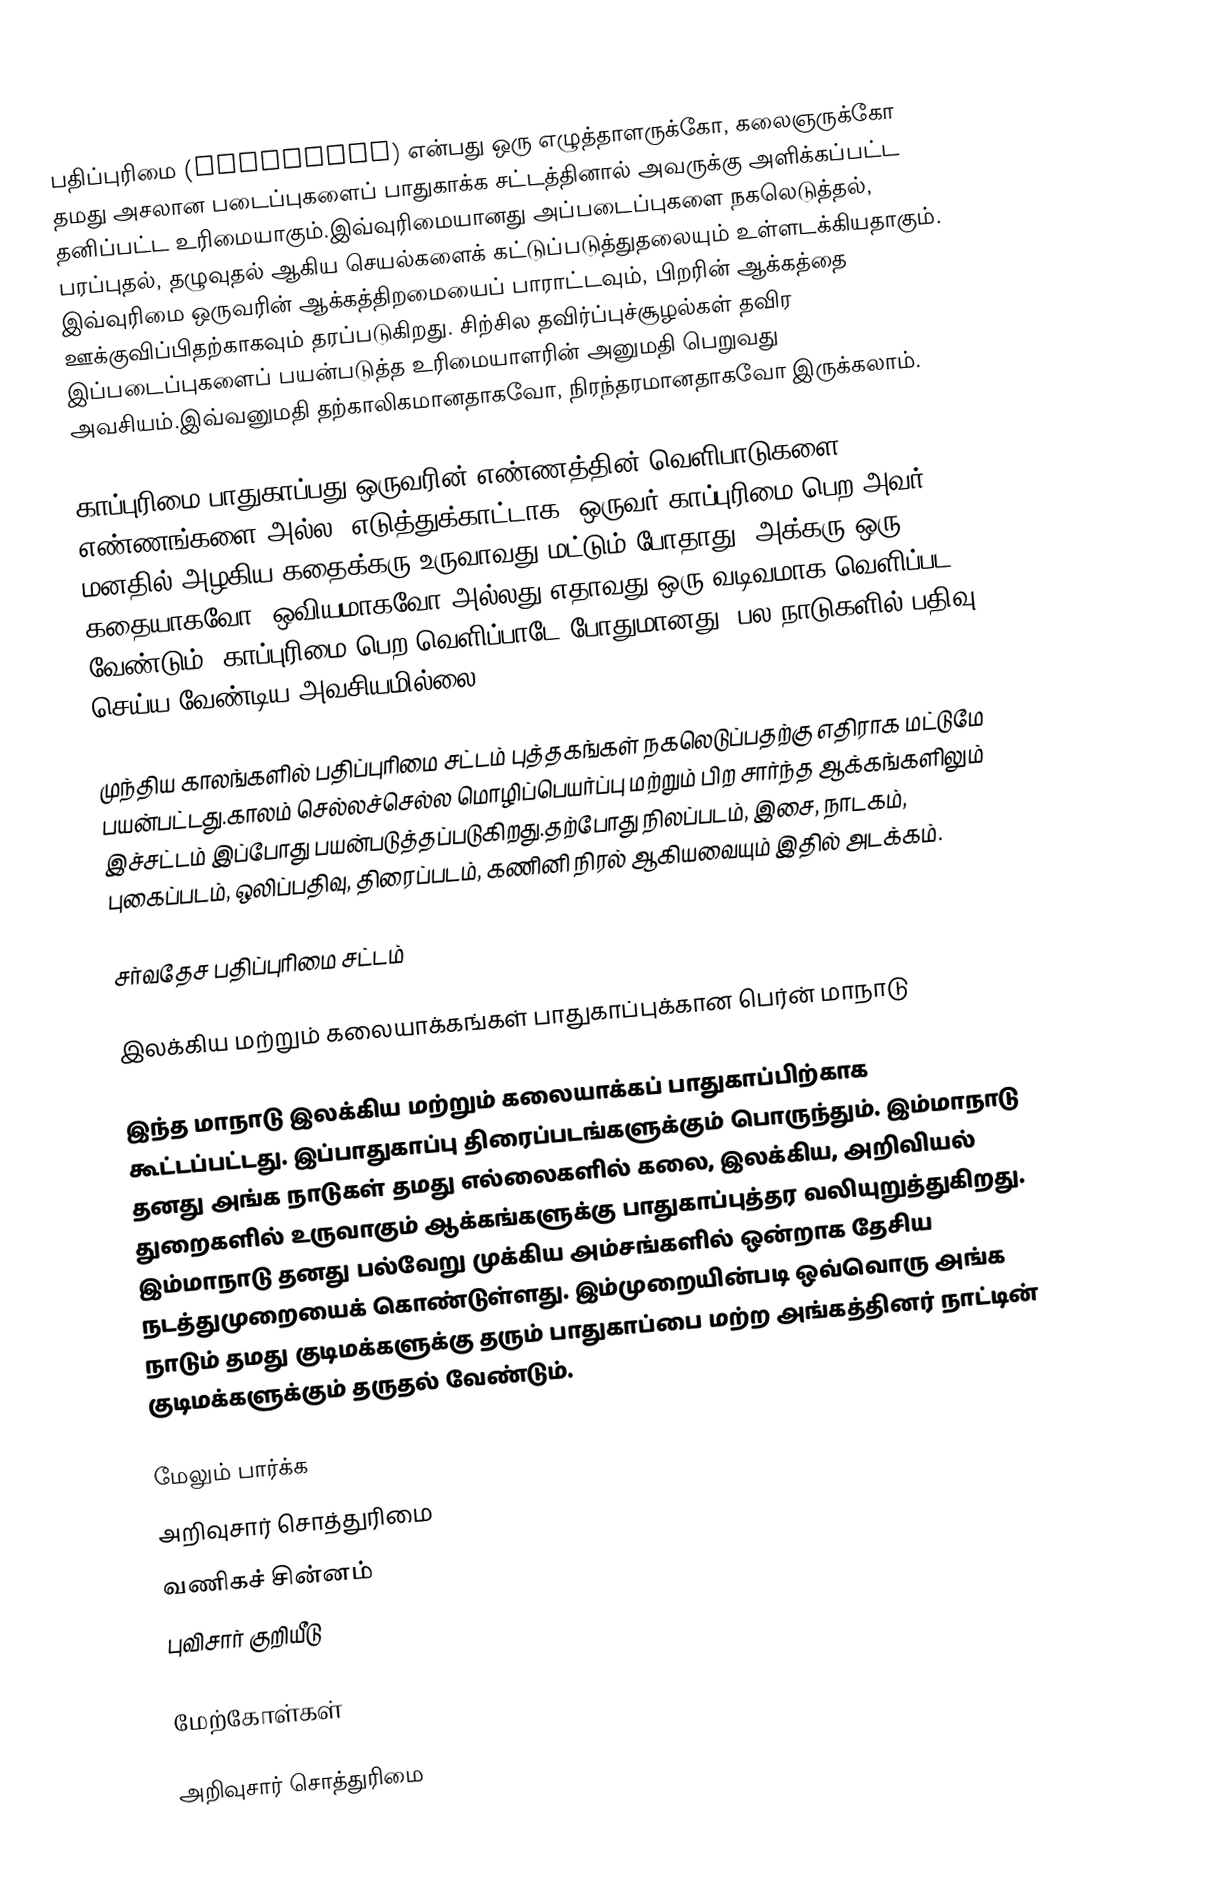
பதிப்புரிமை (Copyright) என்பது ஒரு எழுத்தாளருக்கோ, கலைஞருக்கோ தமது அசலான படைப்புகளைப் பாதுகாக்க சட்டத்தினால் அவருக்கு அளிக்கப்பட்ட தனிப்பட்ட உரிமையாகும்.இவ்வுரிமையானது அப்படைப்புகளை நகலெடுத்தல், பரப்புதல், தழுவுதல் ஆகிய செயல்களைக் கட்டுப்படுத்துதலையும் உள்ளடக்கியதாகும். இவ்வுரிமை ஒருவரின் ஆக்கத்திறமையைப் பாராட்டவும், பிறரின் ஆக்கத்தை ஊக்குவிப்பிதற்காகவும் தரப்படுகிறது. சிற்சில தவிர்ப்புச்சூழல்கள் தவிர இப்படைப்புகளைப் பயன்படுத்த உரிமையாளரின் அனுமதி பெறுவது அவசியம்.இவ்வனுமதி தற்காலிகமானதாகவோ, நிரந்தரமானதாகவோ இருக்கலாம்.

காப்புரிமை பாதுகாப்பது ஒருவரின் எண்ணத்தின் வெளிபாடுகளை; எண்ணங்களை அல்ல. எடுத்துக்காட்டாக, ஒருவர் காப்புரிமை பெற அவர் மனதில் அழகிய கதைக்கரு உருவாவது மட்டும் போதாது. அக்கரு ஒரு கதையாகவோ, ஒவியமாகவோ அல்லது எதாவது ஒரு வடிவமாக வெளிப்பட வேண்டும். காப்புரிமை பெற வெளிப்பாடே போதுமானது. பல நாடுகளில் பதிவு செய்ய வேண்டிய அவசியமில்லை.

முந்திய காலங்களில் பதிப்புரிமை சட்டம் புத்தகங்கள் நகலெடுப்பதற்கு எதிராக மட்டுமே பயன்பட்டது.காலம் செல்லச்செல்ல மொழிப்பெயர்ப்பு மற்றும் பிற சார்ந்த ஆக்கங்களிலும் இச்சட்டம் இப்போது பயன்படுத்தப்படுகிறது.தற்போது நிலப்படம், இசை, நாடகம், புகைப்படம், ஒலிப்பதிவு, திரைப்படம், கணினி நிரல் ஆகியவையும் இதில் அடக்கம்.

சர்வதேச பதிப்புரிமை சட்டம்

இலக்கிய மற்றும் கலையாக்கங்கள் பாதுகாப்புக்கான பெர்ன் மாநாடு

இந்த மாநாடு இலக்கிய மற்றும் கலையாக்கப் பாதுகாப்பிற்காக கூட்டப்பட்டது. இப்பாதுகாப்பு திரைப்படங்களுக்கும் பொருந்தும். இம்மாநாடு தனது அங்க நாடுகள் தமது எல்லைகளில் கலை, இலக்கிய, அறிவியல் துறைகளில் உருவாகும் ஆக்கங்களுக்கு பாதுகாப்புத்தர வலியுறுத்துகிறது. இம்மாநாடு தனது பல்வேறு முக்கிய அம்சங்களில் ஒன்றாக தேசிய நடத்துமுறையைக் கொண்டுள்ளது. இம்முறையின்படி ஒவ்வொரு அங்க நாடும் தமது குடிமக்களுக்கு தரும் பாதுகாப்பை மற்ற அங்கத்தினர் நாட்டின் குடிமக்களுக்கும் தருதல் வேண்டும்.

மேலும் பார்க்க
 அறிவுசார் சொத்துரிமை
 வணிகச் சின்னம்
 புவிசார் குறியீடு

மேற்கோள்கள்

அறிவுசார் சொத்துரிமை